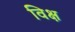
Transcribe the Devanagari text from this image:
विक्ष